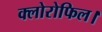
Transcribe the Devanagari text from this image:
क्लोरोफिल।